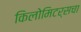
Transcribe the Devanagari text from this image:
किलोमिटर्सचा